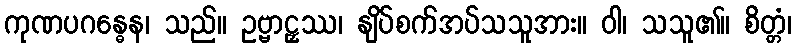
ကုဏပဂန္ဓေန၊ သည်။ ဥဗ္ဗာဠှဿ၊ နျိပ်စက်အပ်သသူအား။ ဝါ၊ သသူ၏။ စိတ္တံ၊